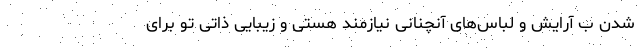
شدن ب آرایش و لباس‌های آنچنانی نیازمند هستی و زیبایی ذاتی تو برای